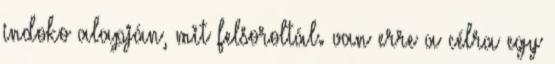
indoko alapján, mit felsoroltál. van erre a célra egy